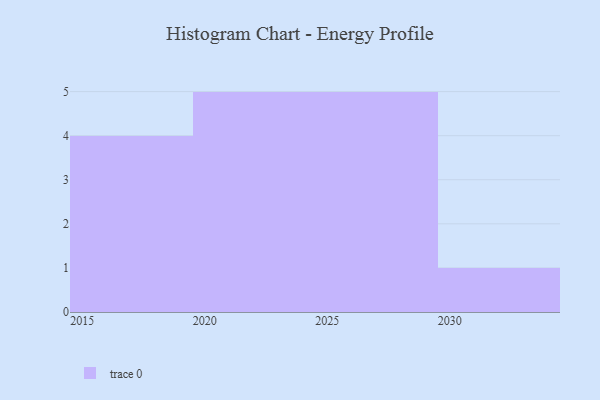
{"axis": {"x": "Year", "y": "Active Users"}, "legend": [""], "data": [{"x": "2030", "y": 48, "type": ""}, {"x": "2018", "y": 90, "type": ""}, {"x": "2028", "y": 37, "type": ""}, {"x": "2029", "y": 81, "type": ""}, {"x": "2021", "y": 64, "type": ""}, {"x": "2015", "y": 54, "type": ""}, {"x": "2026", "y": 38, "type": ""}, {"x": "2025", "y": 47, "type": ""}, {"x": "2024", "y": 21, "type": ""}, {"x": "2023", "y": 33, "type": ""}, {"x": "2027", "y": 13, "type": ""}, {"x": "2016", "y": 13, "type": ""}, {"x": "2020", "y": 40, "type": ""}, {"x": "2022", "y": 95, "type": ""}, {"x": "2017", "y": 56, "type": ""}]}